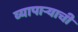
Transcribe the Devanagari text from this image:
व्यापार्‍याची